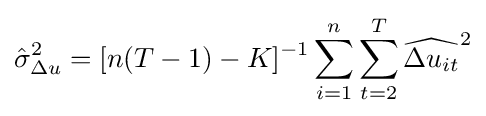
{\hat {\sigma }}_{\Delta u}^{2}=[n(T-1)-K]^{-1}\sum _{i=1}^{n}\sum _{t=2}^{T}{\widehat {\Delta u_{it}}}^{2}